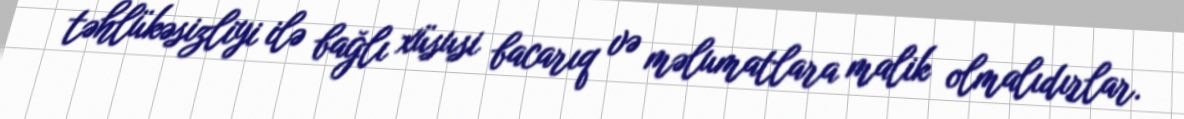
təhlükəsizliyi ilə bağlı xüsusi bacarıq və məlumatlara malik olmalıdırlar.